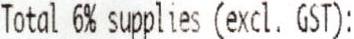
TOTAL 6% SUPPLIES (EXCL. GST):